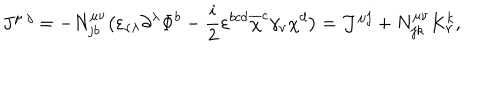
J ^ { \mu ~ j } = - N _ { j b } ^ { \mu \nu } \bigl ( \varepsilon _ { \nu \lambda } \partial ^ { \lambda } \Phi ^ { b } - \frac i 2 \varepsilon ^ { b c d } \overline { { { \chi } } } ^ { c } \gamma _ { \nu } \chi ^ { d } \bigr ) = { \cal J } ^ { \mu j } + N _ { j k } ^ { \mu \nu } K _ { \nu } ^ { k } ,